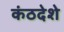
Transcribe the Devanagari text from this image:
कंठदेशे